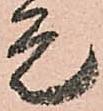
是